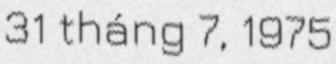
31 tháng 7, 1975